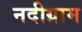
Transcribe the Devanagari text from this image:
नदीग्राम